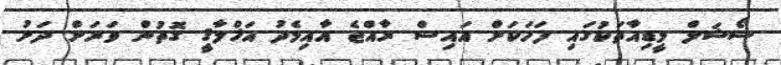
ސޯޝަލް މީޑިއާތަކުގައި ފަހަކަށް އައިސް ރާއްޖެ އާއިމެދު އަޚްލާޤީ ގޮތުން ވަރަށް ދަށު